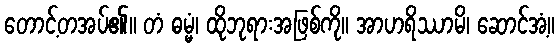
တောင့်တအပ်၏။ တံ ဓမ္မံ၊ ထိုဘုရားအဖြစ်ကို။ အာဟရိဿာမိ၊ ဆောင်အံ့။